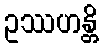
ဥဿဟန္တိ